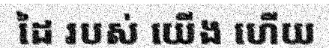
ដៃ របស់ យើង ហើយ